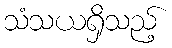
သံသယရှိသည့်